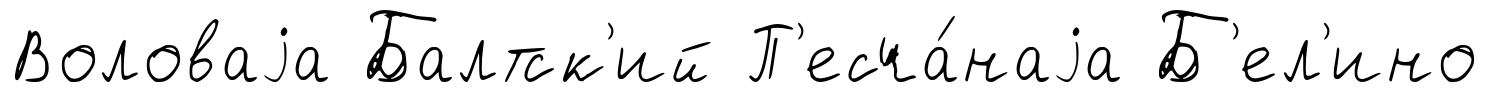
Воловаjа Балтск'ий П'есча́наjа Б'ел'ино